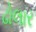
ઢોલાર